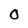
Character: O